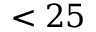
< 2 5